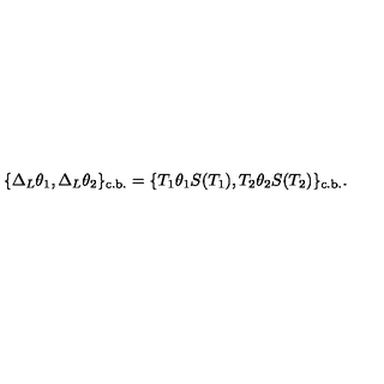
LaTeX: \{ \Delta _ { L } \theta _ { 1 } , \Delta _ { L } \theta _ { 2 } \} _ { \mathrm { c . b . } } = \{ T _ { 1 } \theta _ { 1 } S ( T _ { 1 } ) , T _ { 2 } \theta _ { 2 } S ( T _ { 2 } ) \} _ { \mathrm { c . b . } } .